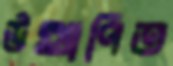
উত্থাপিত